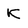
Character: K